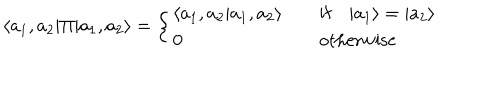
{ } \langle a _ { 1 } , a _ { 2 } | \Pi | a _ { 1 } , a _ { 2 } \rangle = \left\{ \begin{array} { l l } { { \langle a _ { 1 } , a _ { 2 } | a _ { 1 } , a _ { 2 } \rangle } } & { { \quad \mathrm { i f } \quad | a _ { 1 } \rangle = | a _ { 2 } \rangle } } \\ { { 0 } } & { { \quad \mathrm { o t h e r w i s e } } } \\ \end{array} \right.